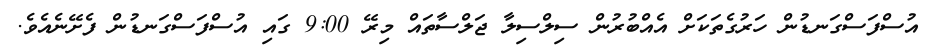
އުސްފަސްގަނޑުން ހަރުގެތަކަށް އެއްބުރުން ސިލްސިލާ ޖަލްސާތައް މިރޭ 9:00 ގައި އުސްފަސްގަނޑުން ފެށޭނެއެވެ.